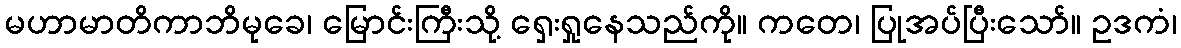
မဟာမာတိကာဘိမုခေ၊ မြောင်းကြီးသို့ ရှေးရှုနေသည်ကို။ ကတေ၊ ပြုအပ်ပြီးသော်။ ဥဒကံ၊